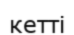
кетті